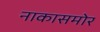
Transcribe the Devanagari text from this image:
नाकासमोर